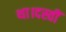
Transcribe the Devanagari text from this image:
था।दस्वीं